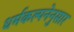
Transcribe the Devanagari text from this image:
धर्मकल्पनेनुसार